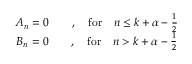
\begin{array} { c } { { A _ { n } = 0 \qquad , \quad \mathrm { f o r } \quad n \leq k + \alpha - \frac { 1 } { 2 } } } \\ { { B _ { n } = 0 \qquad , \quad \mathrm { f o r } \quad n > k + \alpha - \frac { 1 } { 2 } } } \end{array}